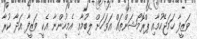
ވަޒީފާ ހަމަޖެހުމާއި ޕްރޮމޯޝަންތައް އަވަހަށް ލިބުމާއި އެމީހުންނާ އެކީ ވަޒީފާ އަދާ ކުރާ